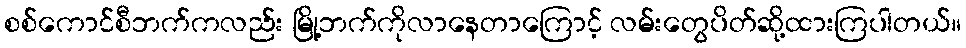
စစ်ကောင်စီဘက်ကလည်း မြို့ဘက်ကိုလာနေတာကြောင့် လမ်းတွေပိတ်ဆို့ထားကြပါတယ်။